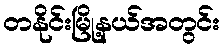
တနိုင်းမြို့နယ်အတွင်း